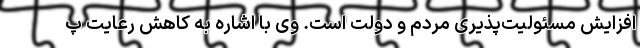
افزایش مسئولیت‌پذیری مردم و دولت است. وی با اشاره به کاهش رعایت پ